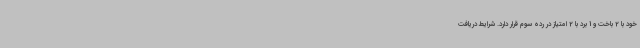
خود با 2 باخت و 1 برد با 2 امتیاز در رده سوم قرار دارد. شرایط دریافت